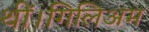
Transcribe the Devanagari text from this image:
थीं।गिलिअम